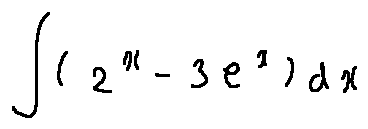
\int ( 2 ^ { x } - 3 e ^ { x } ) d x